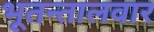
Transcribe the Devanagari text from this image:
भूतन्तालवार